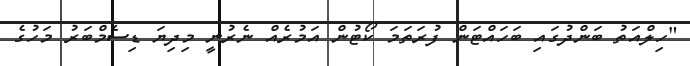
"ހިލްއަތު ބަންދުގައި ބަހައްޓަން ފުރަތަމަ ކޯޓުން އަމުރެއް ނެރުނީ މިދިޔަ ޑިސެމްބަރު މަހުގެ